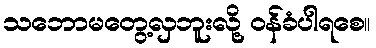
သဘောမတွေ့လှဘူးလို့ ဝန်ခံပါရစေ။